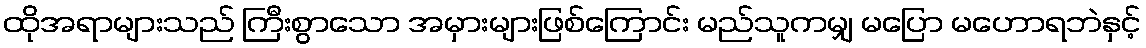
ထိုအရာများသည် ကြီးစွာသော အမှားများဖြစ်ကြောင်း မည်သူကမျှ မပြော မဟောရဘဲနှင့်